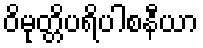
ဝိမုတ္တိပရိပါစနီယာ